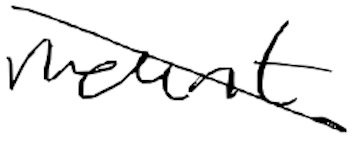
Text: mount
Cross-out: diagonal
Writing tool: digital_black